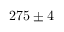
{ 2 7 5 \pm 4 }